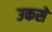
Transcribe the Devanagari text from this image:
उकसे